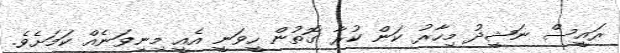
ރައީސް ނަޝީދު މިހާރު ކަން ކުރާ ގޮތުން ހީވަނީ އެއީ މިނިވަނެއް ކަމަށެވެ.